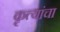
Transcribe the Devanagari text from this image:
कृत्यांचा